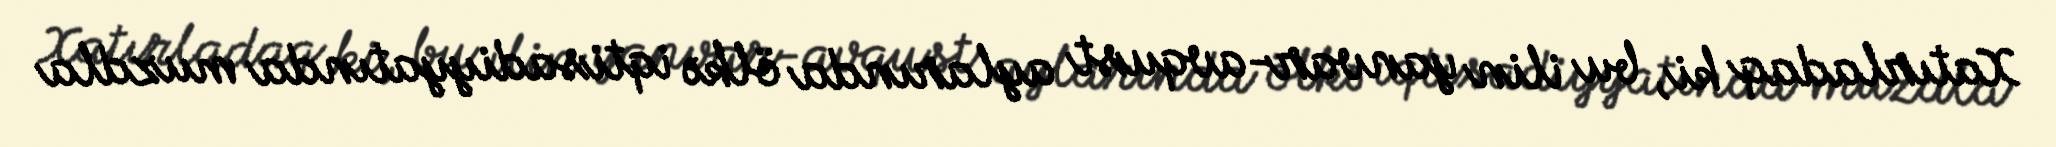
Xatırladaq ki, bu ilin yanvar-avqust aylarında ölkə iqtisadiyyatında muzdla